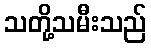
သတို့သမီးသည်